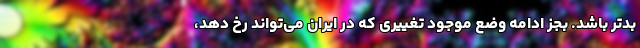
بدتر باشد. بجز ادامه وضع موجود تغییری که در ایران می‌تواند رخ دهد،